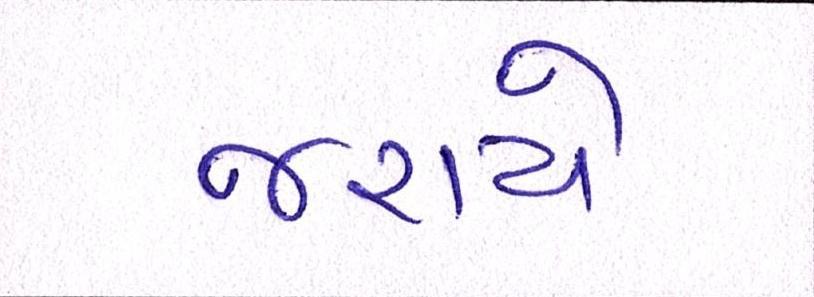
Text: જરાયે